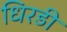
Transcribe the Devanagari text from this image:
धिरडी